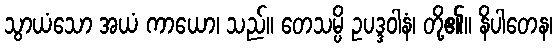
သွာယံသော အယံ ကာယော၊ သည်။ တေသမ္ပိ ဥပဒ္ဒဝါနံ၊ တို့၏။ နိပါတေန၊